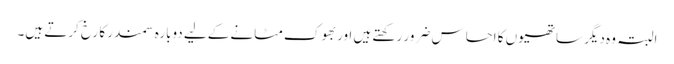
البتہ وہ دیگر ساتھیوں کا احساس ضرور رکھتے ہیں اور بھوک مٹانے کےلیے دوبارہ سمندر کا رخ کرتے ہیں۔